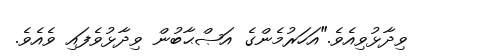
ވިދާޅުވިއެވެ."އަހަރުމެންގެ އަޞްޙާބުން ވިދާޅުވެފައި ވެއެވެ.